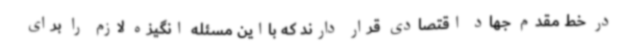
در خط مقدم جهاد اقتصادی قرار دارند که بااین مسئله انگیزه لازم را برای